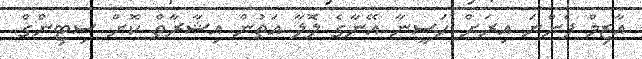
އާޒިމް ފެންނަ އިރަށް ހަސީނާ އޭނާގެ ލޮލާ އަތުން އިޝާރާތް ކޮށް ސިޓިންގް